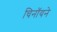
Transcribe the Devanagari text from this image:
चिनॉयने